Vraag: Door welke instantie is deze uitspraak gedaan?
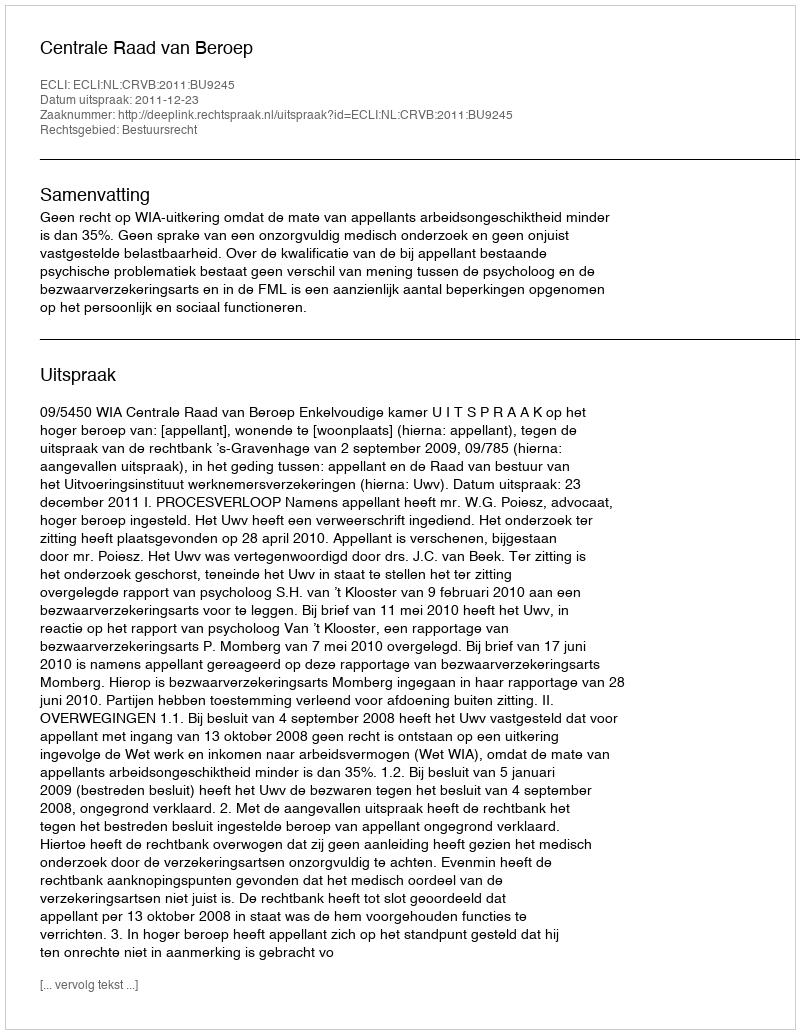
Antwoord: Centrale Raad van Beroep